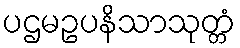
ပဌမဥပနိသာသုတ္တံ